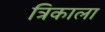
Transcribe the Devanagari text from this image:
त्रिकाला